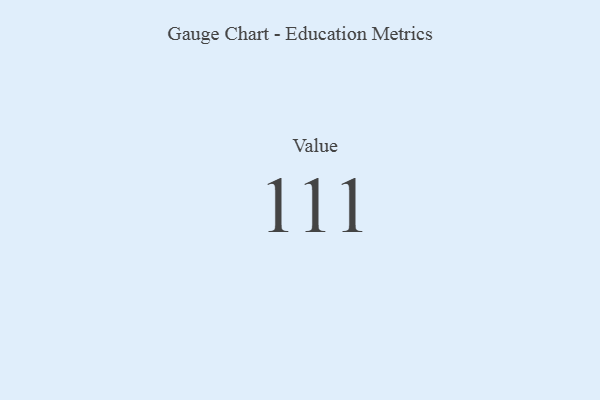
{"axis": {"x": "Metric", "y": "Value"}, "legend": [""], "data": [{"x": "Value", "y": 111, "type": ""}]}